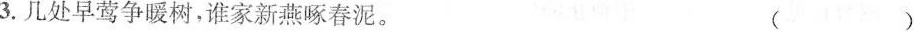
3.几处早莺争暖树，谁家新燕啄春泥。 ( )